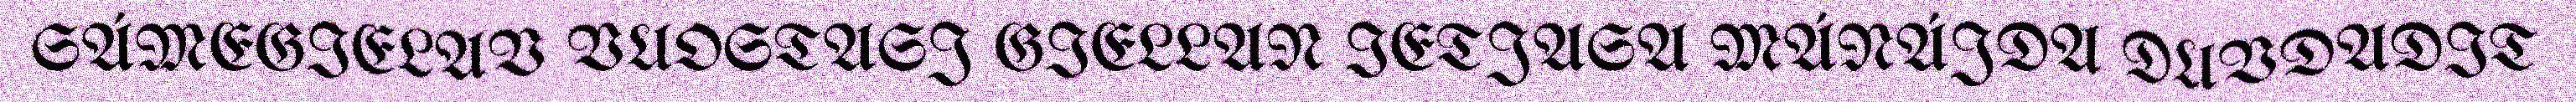
SÁMEGIELAV VUOSTASJ GIELLAN IETJASA MÁNÁJDA DUVDADIT